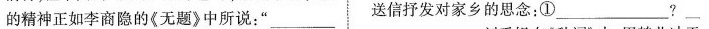
的精神正如李商隐的《无题》中所说：”___ 送信抒发对家乡的思念：①___?___